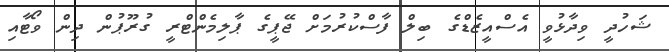
ޝަހުދީ ވިދާޅުވީ އެސްއީޒެޑްގެ ބިލް ފާސްކުރުމަށް ޖޭޕީގެ ޕާލިމެންޓްރީ ގުރޫޕުން ދިން ވޯޓާއި